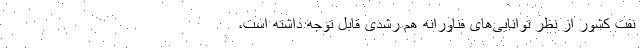
نفت کشور از نظر توانایی‌های فناورانه هم رشدی قابل توجه داشته است،